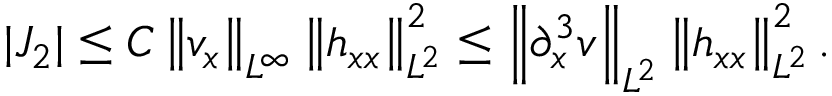
| J _ { 2 } | \leq C \left\| v _ { x } \right\| _ { L ^ { \infty } } \left\| h _ { x x } \right\| _ { L ^ { 2 } } ^ { 2 } \leq \left\| \partial _ { x } ^ { 3 } v \right\| _ { L ^ { 2 } } \left\| h _ { x x } \right\| _ { L ^ { 2 } } ^ { 2 } .